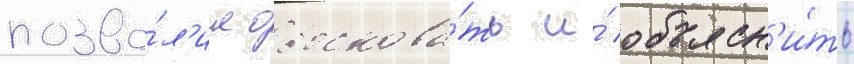
позво́л'ил обоснова́ть и́ объясн'и́ть